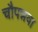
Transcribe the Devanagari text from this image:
चौपन्नवा